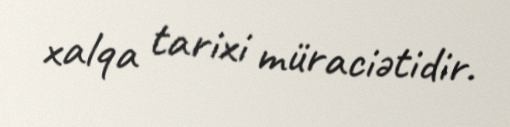
xalqa tarixi müraciətidir.